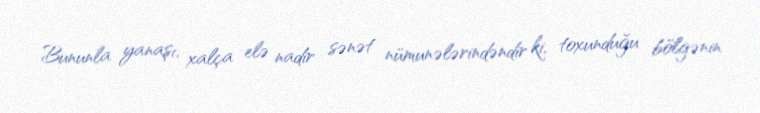
Bununla yanaşı, xalça elə nadir sənət nümunələrindəndir ki, toxunduğu bölgənin